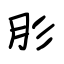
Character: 肜